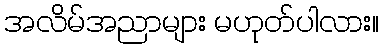
အလိမ်အညာများ မဟုတ်ပါလား။